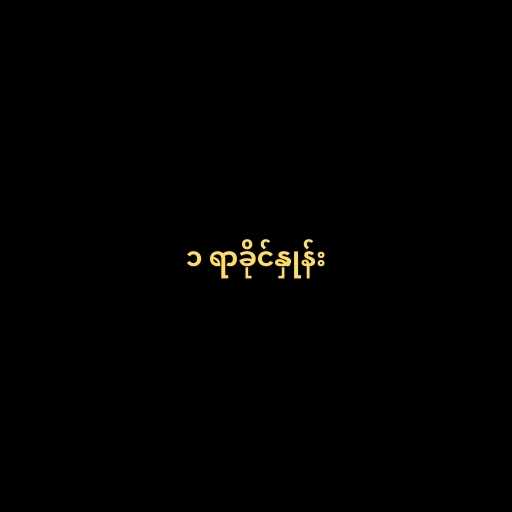
၁ ရာခိုင်နှုန်း